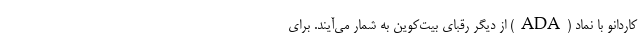
کاردانو با نماد (ADA) از دیگر رقبای بیت‌کوین به شمار می‌آیند. برای